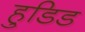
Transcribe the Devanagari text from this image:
हुडिड